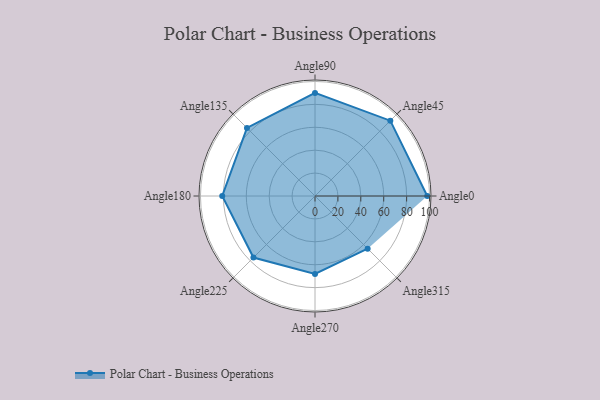
{"axis": {"x": "Angle", "y": "Radius"}, "legend": [""], "data": [{"x": "Angle0", "y": 98.0, "type": ""}, {"x": "Angle45", "y": 93.0, "type": ""}, {"x": "Angle90", "y": 90.0, "type": ""}, {"x": "Angle135", "y": 84.0, "type": ""}, {"x": "Angle180", "y": 81.0, "type": ""}, {"x": "Angle225", "y": 76.0, "type": ""}, {"x": "Angle270", "y": 68.0, "type": ""}, {"x": "Angle315", "y": 65.0, "type": ""}]}